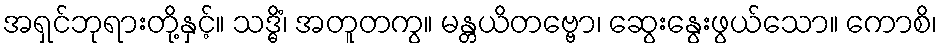
အရှင်ဘုရားတို့နှင့်။ သဒ္ဓိံ၊ အတူတကွ။ မန္တယိတဗ္ဗော၊ ဆွေးနွေးဖွယ်သော။ ကောစိ၊